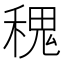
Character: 𥠎